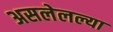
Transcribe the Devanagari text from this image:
असलेलल्या